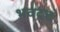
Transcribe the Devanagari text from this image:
भवदत्त